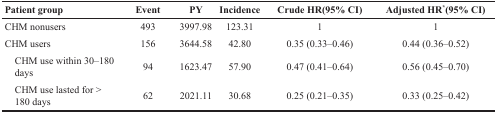
<table><thead><tr><td><b>Patient group</b></td><td><b>Event</b></td><td><b>PY</b></td><td><b>Incidence</b></td><td><b>Crude HR(95% CI)</b></td><td><b>Adjusted HR<sup>*</sup>(95% CI)</b></td></tr></thead><tbody><tr><td>CHM nonusers</td><td>493</td><td>3997.98</td><td>123.31</td><td>1</td><td>1</td></tr><tr><td>CHM users</td><td>156</td><td>3644.58</td><td>42.80</td><td>0.35 (0.33–0.46)</td><td>0.44 (0.36–0.52)</td></tr><tr><td> CHM use within 30–180 days</td><td>94</td><td>1623.47</td><td>57.90</td><td>0.47 (0.41–0.64)</td><td>0.56 (0.45–0.70)</td></tr><tr><td> CHM use lasted for &gt; 180 days</td><td>62</td><td>2021.11</td><td>30.68</td><td>0.25 (0.21–0.35)</td><td>0.33 (0.25–0.42)</td></tr></tbody></table>